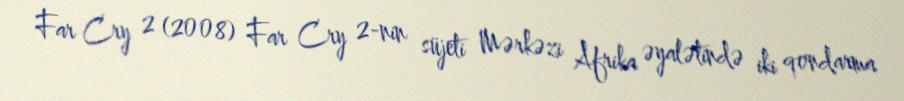
Far Cry 2 (2008) Far Cry 2-nin süjeti Mərkəzi Afrika əyalətində iki qondarma